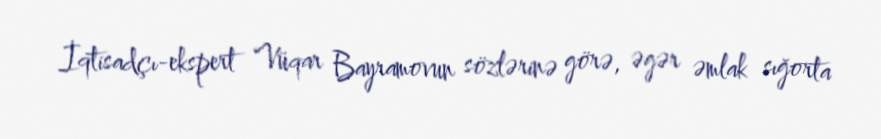
İqtisadçı-ekspert Vüqar Bayramovun sözlərinə görə, əgər əmlak sığorta